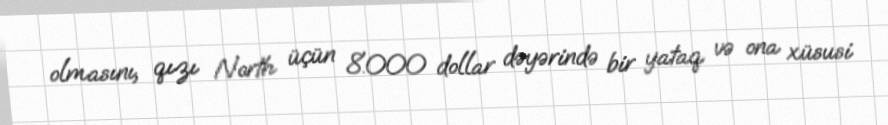
olmasını, qızı North üçün 8.000 dollar dəyərində bir yataq və ona xüsusi